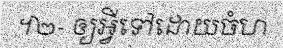
។២- ឲ្យអ្វីទៅដោយចំហ